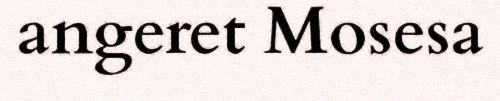
angeret Mosesa